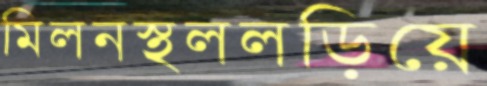
মিলনস্থললড়িয়ে